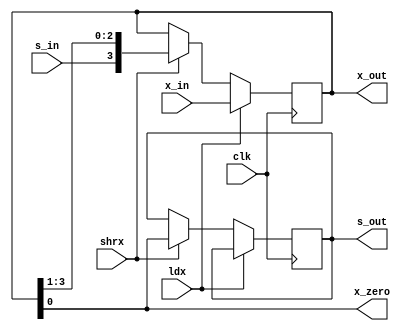
`timescale 1ns/1ns

module shift_register_4_bit(clk, x_in, s_in, ldx, shrx, x_out, s_out, x_zero);
	input wire[3:0] x_in;
	input wire clk, s_in, ldx, shrx;
	output reg[3:0] x_out;
	output reg s_out;
	output wire x_zero;

	always @(posedge clk) begin
		if (ldx)
			x_out = x_in;
		else if (shrx)
			{x_out, s_out} = {s_in, x_out};
		else
			x_out = x_out;
	end

	assign x_zero = x_out[0];
endmodule